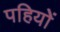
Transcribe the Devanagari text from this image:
पहियोें